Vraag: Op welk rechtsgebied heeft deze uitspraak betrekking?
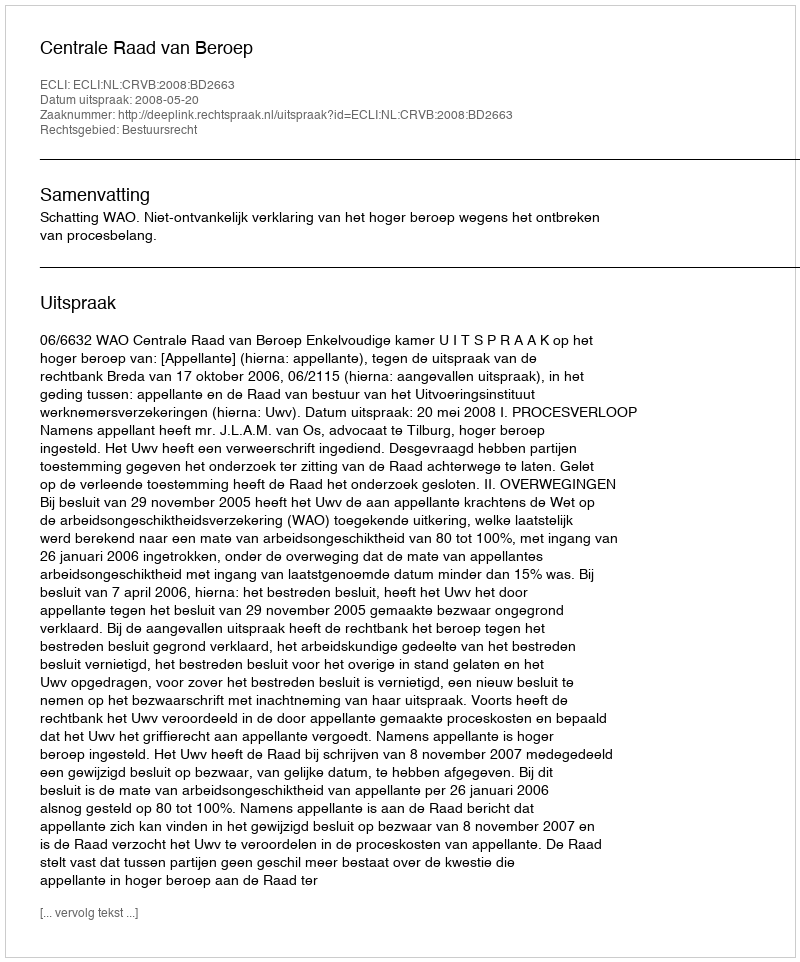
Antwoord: Bestuursrecht